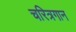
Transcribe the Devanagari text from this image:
चरित्रगान